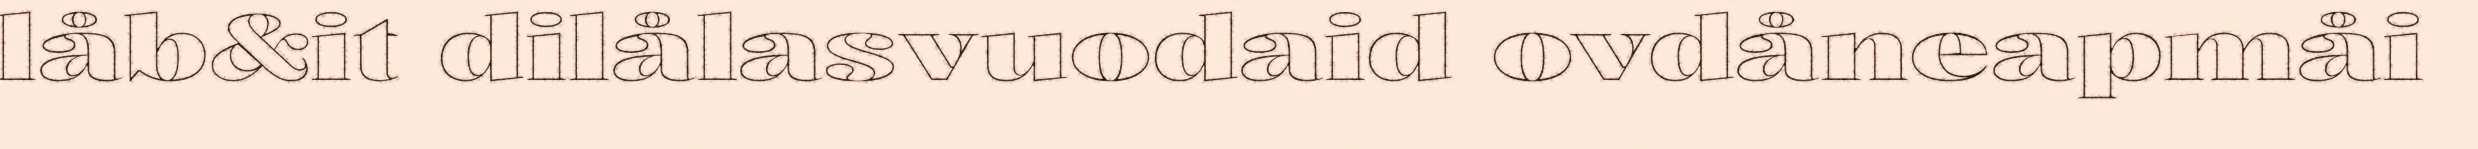
låb&it dilålasvuodaid ovdåneapmåi